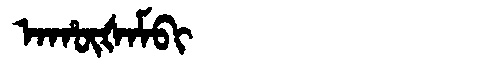
Manchu: ᠠᡥᡡᡧᠠᠮᠪᡳ
Romanization: AHŪŠAMBI